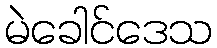
မဲခေါင်ဒေသ